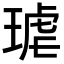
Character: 𭹦